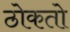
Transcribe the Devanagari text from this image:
ठोकतो